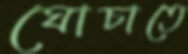
ঘোচাতে